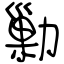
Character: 勦